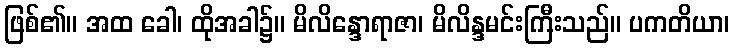
ဖြစ်၏။ အထ ခေါ၊ ထိုအခါ၌။ မိလိန္ဒောရာဇာ၊ မိလိန္ဒမင်းကြီးသည်။ ပကတိယာ၊